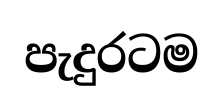
පැදුරටම